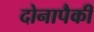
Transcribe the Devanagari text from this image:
दोनापैकी